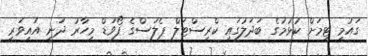
ގައުމީ ޓީމަށް ކުޅުމުގެ ބަދަލުގައި ކްރިސްޓަލް ޕެލަސްގެ ފޯވަޑް މިހާރު ދަނީ އައިވަރީ